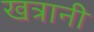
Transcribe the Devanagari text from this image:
खत्रानी